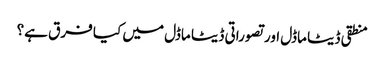
منطقی ڈیٹا ماڈل اور تصوراتی ڈیٹا ماڈل میں کیا فرق ہے؟